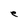
Character: e